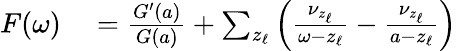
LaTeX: \begin{array}{r}{\begin{array}{rl}{F(\omega)}&{{}=\frac{G^{\prime}(a)}{G(a)}+\sum_{z_{\ell}}\left(\frac{\nu_{z_{\ell}}}{\omega-z_{\ell}}-\frac{\nu_{z_{\ell}}}{a-z_{\ell}}\right)}\end{array}}\end{array}